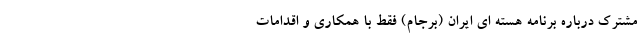
مشترک درباره برنامه هسته ای ایران (برجام) فقط با همکاری و اقدامات